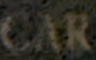
CAR